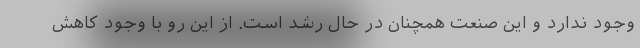
وجود ندارد و این صنعت همچنان در حال رشد است. از این‌ رو با وجود کاهش